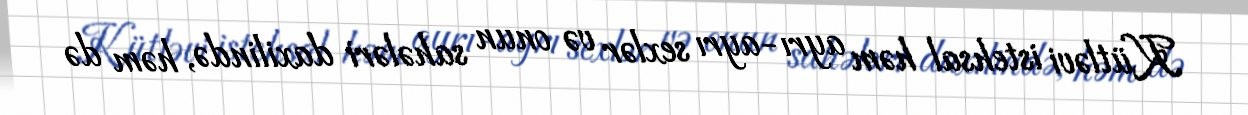
Kütləvi istehsal həm ayrı-ayrı sexlər və onun sahələri daxilində, həm də